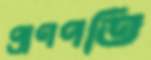
প্রাণপতি